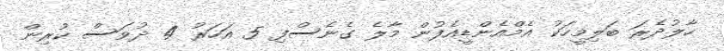
ހާލުދެރަ ބަލިމީހަކު އެމްއެންޑީއެފުން މާލެ ގެނެސްފި 5 އަހަރު 4 ދުވަސް ކުރިން